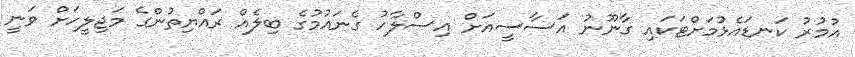
އުމުރު ކަނޑައެޅުމަށްޓަކައި ގާނޫނު އަސާސީއަށް އިސްލާހު ގެނައުމުގެ ބިލެއް ރައްޔިތުންގެ މަޖިލީހަށް ވަނީ